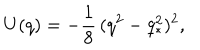
LaTeX: U ( q ) = - { \frac 1 8 } \, ( q ^ { 2 } - q _ { \ast } ^ { 2 } ) ^ { 2 } ,